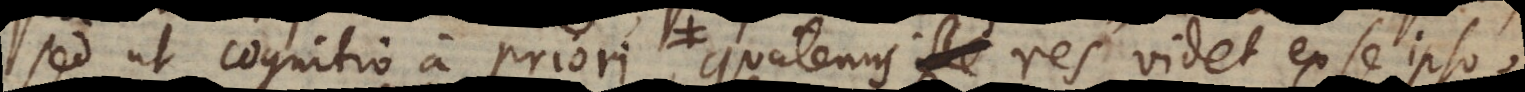
sed ut cognitio a priori, quatenus res videt ex se ipso,